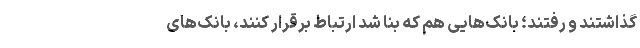
گذاشتند و رفتند؛ بانک‌هایی هم که بنا شد ارتباط برقرار کنند، بانک‌های